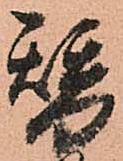
替